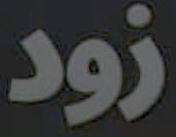
زود